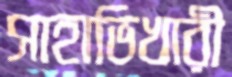
সাহাভিখারী